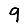
Digit: 9